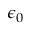
\epsilon _ { 0 }